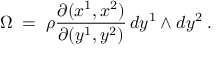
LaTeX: \Omega \; = \; \rho \frac { \partial ( x ^ { 1 } , x ^ { 2 } ) } { \partial ( y ^ { 1 } , y ^ { 2 } ) } \, d y ^ { 1 } \land d y ^ { 2 } \; .